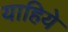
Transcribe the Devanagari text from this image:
याहिये